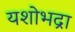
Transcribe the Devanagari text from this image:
यशोभद्रा